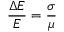
\frac { \Delta E } { E } = \frac { \sigma } { \mu }